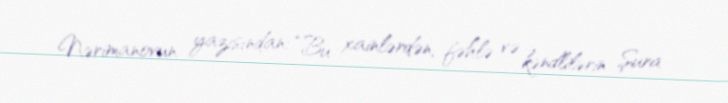
Nərimanovun yazısından: “Bu xainlərdən, fəhlə və kəndlilərin Şura